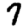
Digit: 7